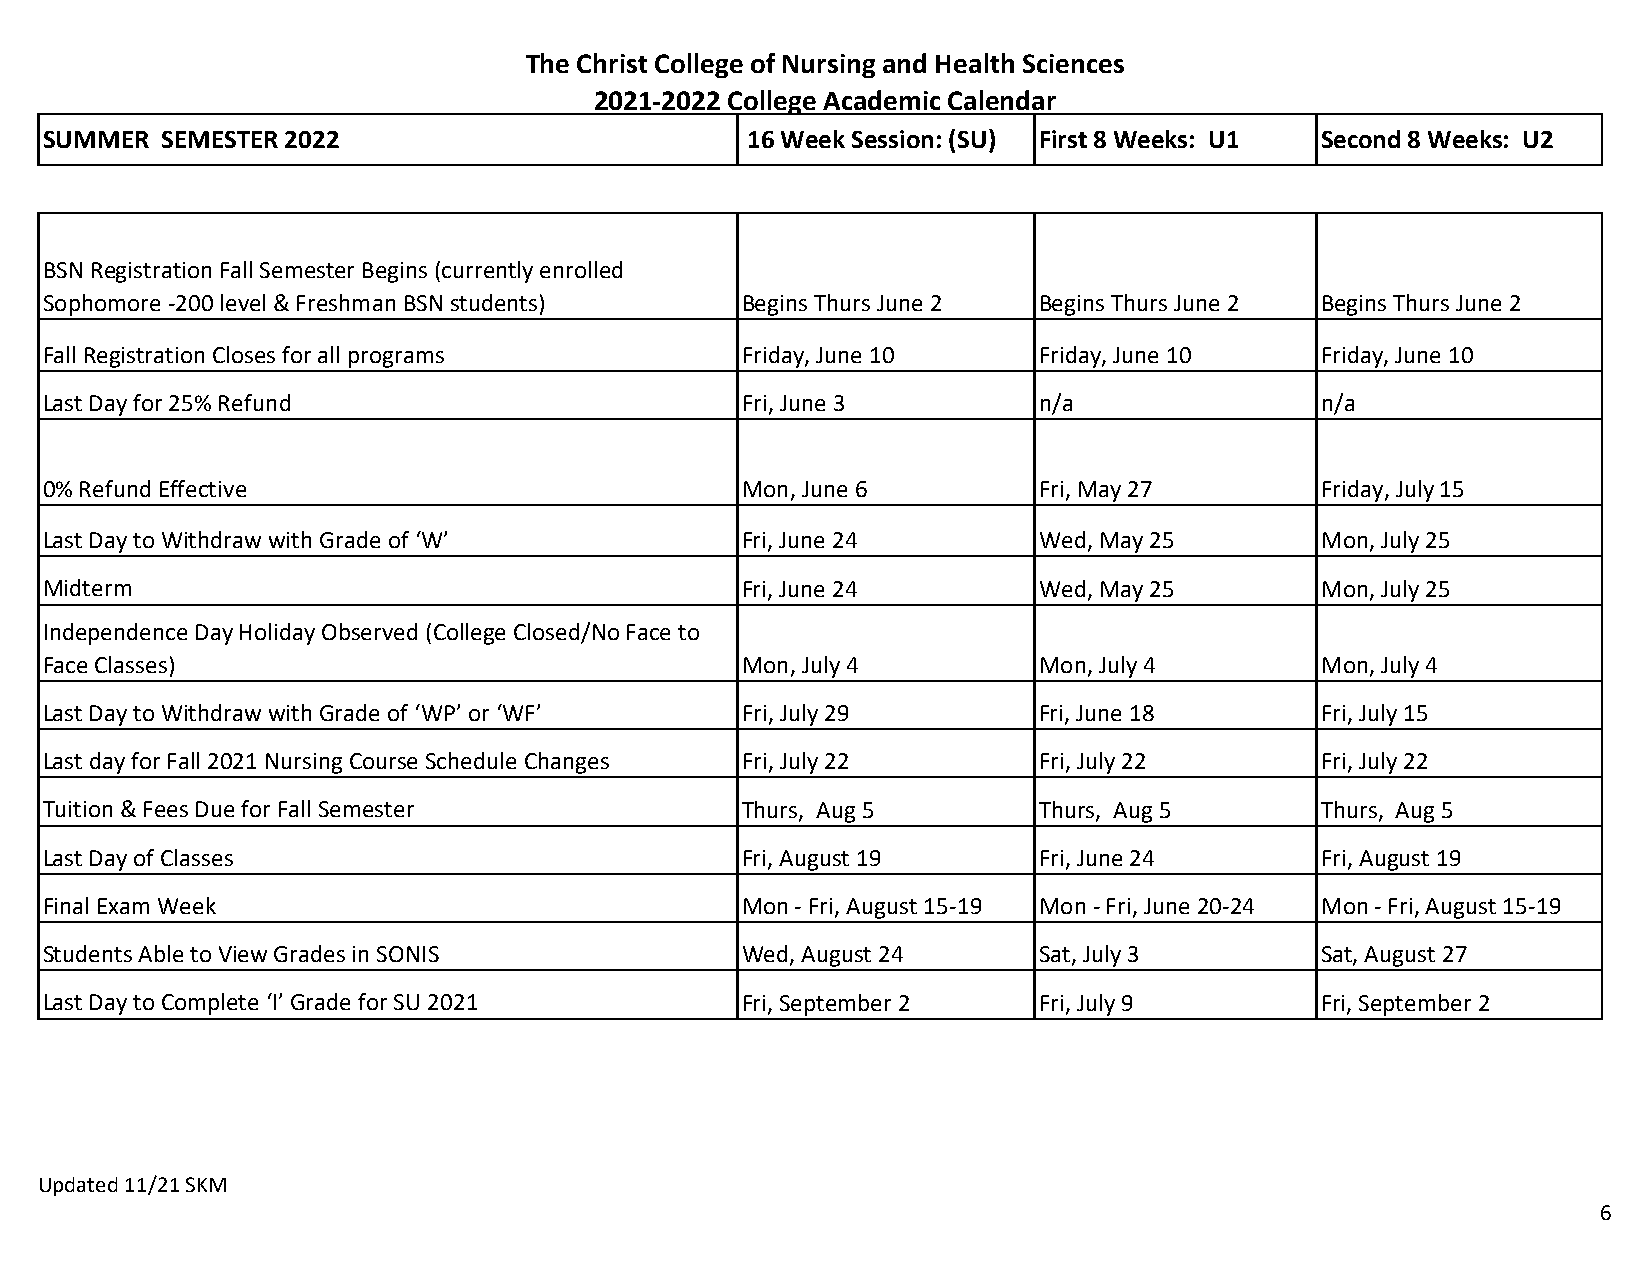
The Christ College of Nursing and Health Sciences
 2021-2022 College Academic Calendar
 SUMMER  SEMESTER 2022                         16 Week Session: (SU) First 8 Weeks: U1 Second 8 Weeks: U2
 BSN Registration Fall Semester Begins (currently enrolled
 Sophomore -200 level & Freshman BSN students) Begins Thurs June 2 Begins Thurs June 2 Begins Thurs June 2
 Fall Registration Closes for all programs     Friday, June 10     Friday, June 10   Friday, June 10
 Last Day for 25% Refund                       Fri, June 3         n/a               n/a
 0% Refund Effective                           Mon, June 6         Fri, May 27       Friday, July 15
 Last Day to Withdraw with Grade of ‘W’        Fri, June 24        Wed, May 25       Mon, July 25
 Midterm                                       Fri, June 24        Wed, May 25       Mon, July 25
 Independence Day Holiday Observed (College Closed/No Face to
 Face Classes)                                 Mon, July 4         Mon, July 4       Mon, July 4
 Last Day to Withdraw with Grade of ‘WP’ or ‘WF’ Fri, July 29      Fri, June 18      Fri, July 15
 Last day for Fall 2021 Nursing Course Schedule Changes Fri, July 22 Fri, July 22    Fri, July 22
 Tuition & Fees Due for Fall Semester          Thurs, Aug 5        Thurs, Aug 5      Thurs, Aug 5
 Last Day of Classes                           Fri, August 19      Fri, June 24      Fri, August 19
 Final Exam Week                               Mon - Fri, August 15-19 Mon - Fri, June 20-24 Mon - Fri, August 15-19
 Students Able to View Grades in SONIS         Wed, August 24      Sat, July 3       Sat, August 27
 Last Day to Complete ‘I’ Grade for SU 2021    Fri, September 2    Fri, July 9       Fri, September 2
 Updated 11/21 SKM
 6